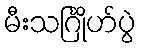
မီးသင်္ဂြိုဟ်ပွဲ